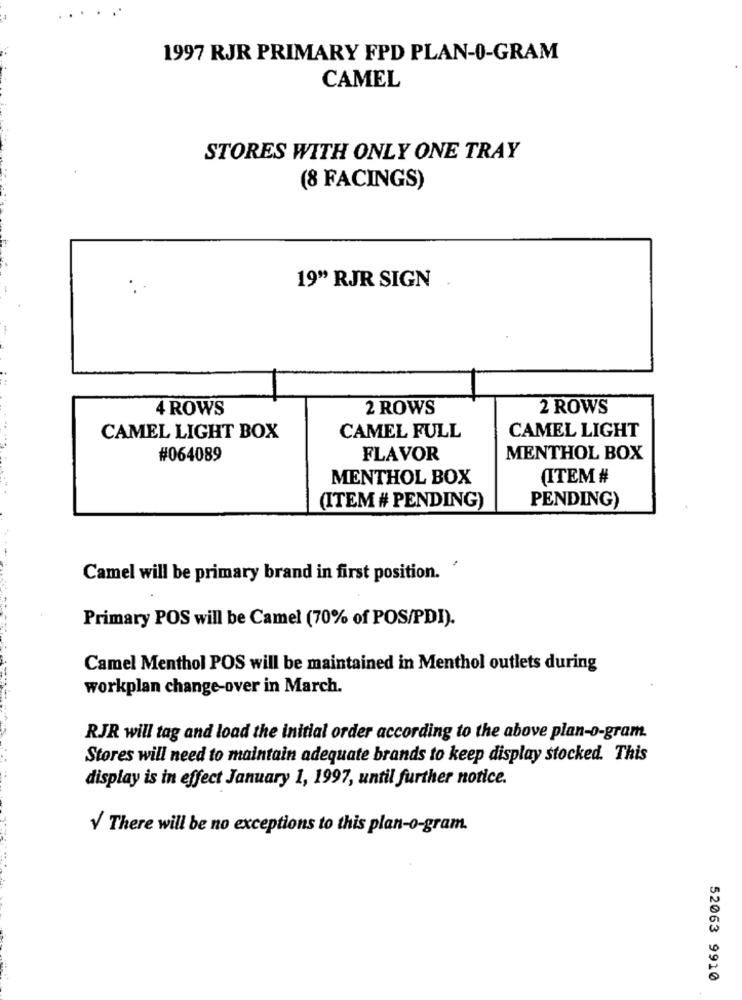
1997 RJR PRIMARY FPD PLAN-0-GRAM
CAMEL
STORES WITH ONLY ONE TRAY
(8 FACINGS)
19" RJR SIGN
4 ROWS
2 ROWS
2 ROWS
CAMEL LIGHT
CAMEL LIGHT BOX
CAMEL FULL
...
#064089
FLAVOR
MENTHOL BOX
MENTHOL BOX
(ITEM #
PENDING)
(ITEM # PENDING)
Camel will be primary brand in first position.
Primary POS will be Camel (70% of POS/PDI).
Camel Menthol POS will be maintained in Menthol outlets during
workplan change-over in March.
RJR will tag and load the initial order according to the above plan-o-gram.
Stores will need to maintain adequate brands to keep display stocked. This
display is in effect January 1, 1997, until further notice.
V There will be no exceptions to this plan-o-gram.
52063 9910